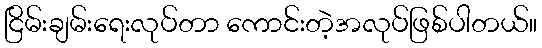
ငြိမ်းချမ်းရေးလုပ်တာ ကောင်းတဲ့အလုပ်ဖြစ်ပါတယ်။